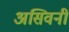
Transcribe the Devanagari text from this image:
असिवनी